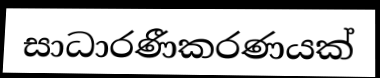
සාධාරණීකරණයක්